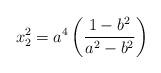
LaTeX: \begin{align*}x_{2}^{2}=a^{4}\left( \dfrac{1-b^{2}}{a^{2}-b^{2}}\right) \end{align*}